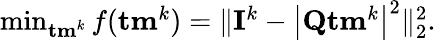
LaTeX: \begin{array}{r}{\operatorname*{min}_{{\mathbf{tm}}^{k}}f({\mathbf{tm}}^{k})=\| {\mathbf{I}}^{k}-\left|{\mathbf{Q}}{\mathbf{tm}}^{k}\right|^{2}\| _{2}^{2}.}\end{array}